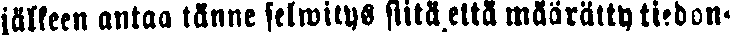
jälleen antaa tänne selwitys siitä,että määrätty tiedon-